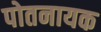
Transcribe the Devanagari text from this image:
पोतनायक